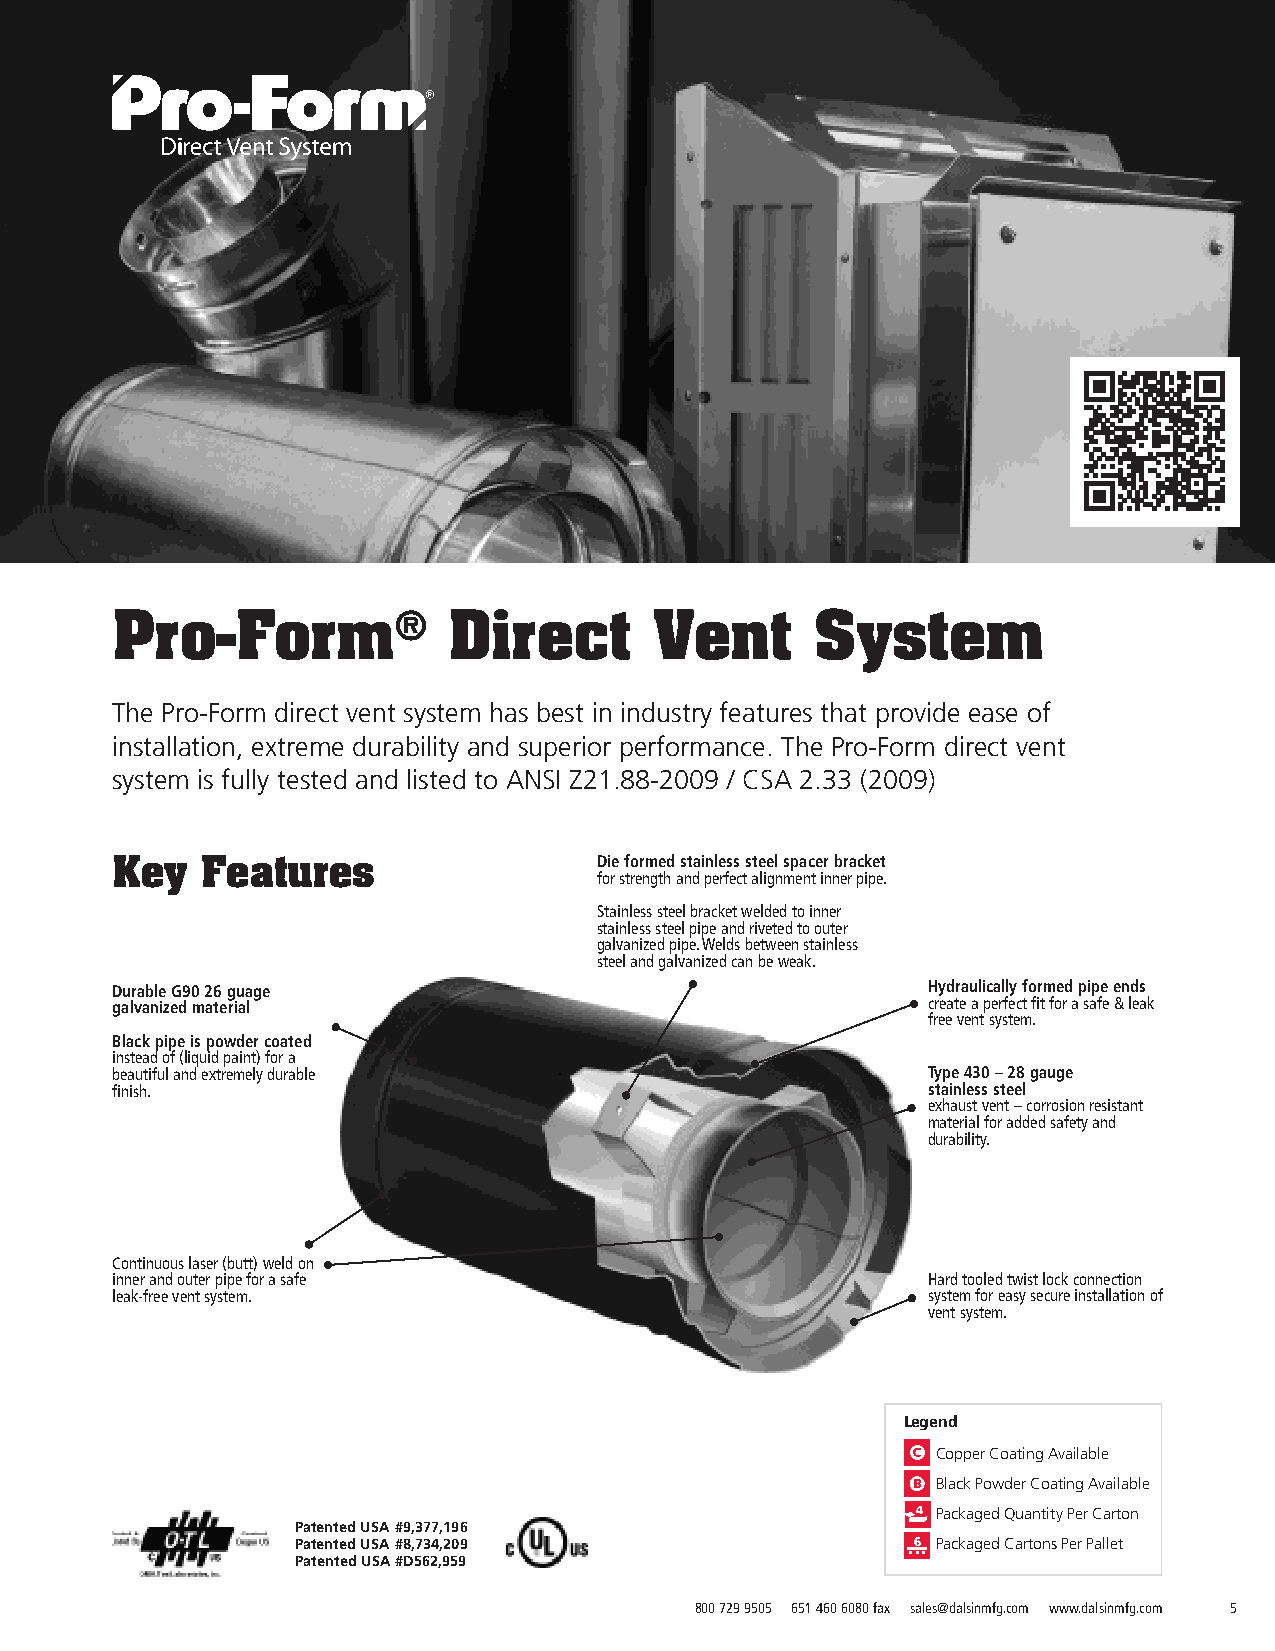
Pro-Form®              Direct       Vent       System
 The Pro-Form direct vent system has best in industry features that provide ease of
 installation, extreme durability and superior performance. The Pro-Form direct vent
 system is fully tested and listed to ANSI Z21.88-2009 / CSA 2.33 (2009)
 Die formed stainless steel spacer bracket
 Key   Features
 for strength and perfect alignment inner pipe.
 Stainless steel bracket welded to inner
 stainless steel pipe and riveted to outer
 galvanized pipe. Welds between stainless
 steel and galvanized can be weak.
 Durable G90 26 guage                                  Hydraulically formed pipe ends
 galvanized material                                   create a perfect fit for a safe & leak
 free vent system.
 Black pipe is powder coated
 instead of (liquid paint) for a
 beautiful and extremely durable                       Type 430 – 28 gauge
 finish.                                               stainless steel
 exhaust vent – corrosion resistant
 material for added safety and
 durability.
 Continuous laser (butt) weld on
 inner and outer pipe for a safe                       Hard tooled twist lock connection
 leak-free vent system.                                system for easy secure installation of
 vent system.
 Legend
 Copper Coating Available
 Black Powder Coating Available
 Packaged Quantity Per Carton
 Patented USA #9,377,196
 Patented USA #8,734,209                   Packaged Cartons Per Pallet
 Patented USA #D562,959
 800 729 9505 651 460 6080 fax sales@dalsinmfg.com www.dalsinmfg.com 5